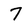
Character: 7